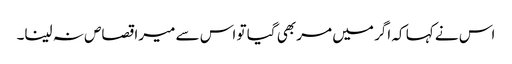
اس نے کہا کہ اگر میں مر بھی گیا تو اس سے میرا قصاص نہ لینا۔